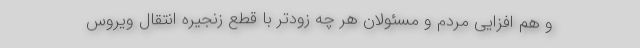
و هم افزایی مردم و مسئولان هر چه زودتر با قطع زنجیره انتقال ویروس